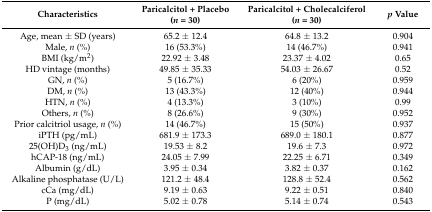
| Characteristics | Paricalcitol + Placebo (n = 30) | Paricalcitol + Cholecalciferol (n = 30) | p Value |
 | --- | --- | --- | --- |
 | Age, mean ± SD (years) | 65.2 ± 12.4 | 64.8 ± 13.2 | 0.904 |
 | Male, n (%) | 16 (53.3%) | 14 (46.7%) | 0.941 |
 | BMI (kg/m2) | 22.92 ± 3.48 | 23.37 ± 4.02 | 0.65 |
 | HD vintage (months) | 49.85 ± 35.33 | 54.03 ± 26.67 | 0.52 |
 | GN, n (%) | 5 (16.7%) | 6 (20%) | 0.959 |
 | DM, n (%) | 13 (43.3%) | 12 (40%) | 0.944 |
 | HTN, n (%) | 4 (13.3%) | 3 (10%) | 0.99 |
 | Others, n (%) | 8 (26.6%) | 9 (30%) | 0.952 |
 | Prior calcitriol usage, n (%) | 14 (46.7%) | 15 (50%) | 0.937 |
 | iPTH (pg/mL) | 681.9 ± 173.3 | 689.0 ± 180.1 | 0.877 |
 | 25(OH)D3 (ng/mL) | 19.53 ± 8.2 | 19.6 ± 7.3 | 0.972 |
 | hCAP-18 (ng/mL) | 24.05 ± 7.99 | 22.25 ± 6.71 | 0.349 |
 | Albumin (g/dL) | 3.95 ± 0.34 | 3.82 ± 0.37 | 0.162 |
 | Alkaline phosphatase (U/L) | 121.2 ± 48.4 | 128.8 ± 52.4 | 0.562 |
 | cCa (mg/dL) | 9.19 ± 0.63 | 9.22 ± 0.51 | 0.840 |
 | P (mg/dL) | 5.02 ± 0.78 | 5.14 ± 0.74 | 0.543 |